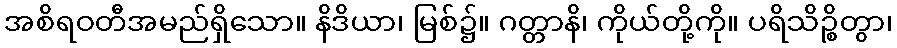
အစိရဝတီအမည်ရှိသော။ နိဒိယာ၊ မြစ်၌။ ဂတ္တာနိ၊ ကိုယ်တို့ကို။ ပရိသိဉ္စိတွာ၊